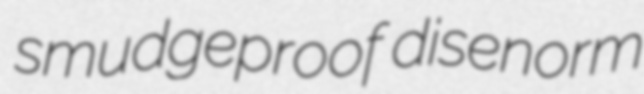
smudgeproof disenorm